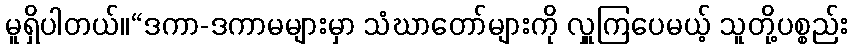
မူရှိပါတယ်။“ဒကာ-ဒကာမများမှာ သံဃာတော်များကို လှူကြပေမယ့် သူတို့ပစ္စည်း